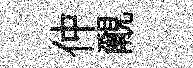
仲覼